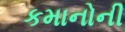
કમાનોની